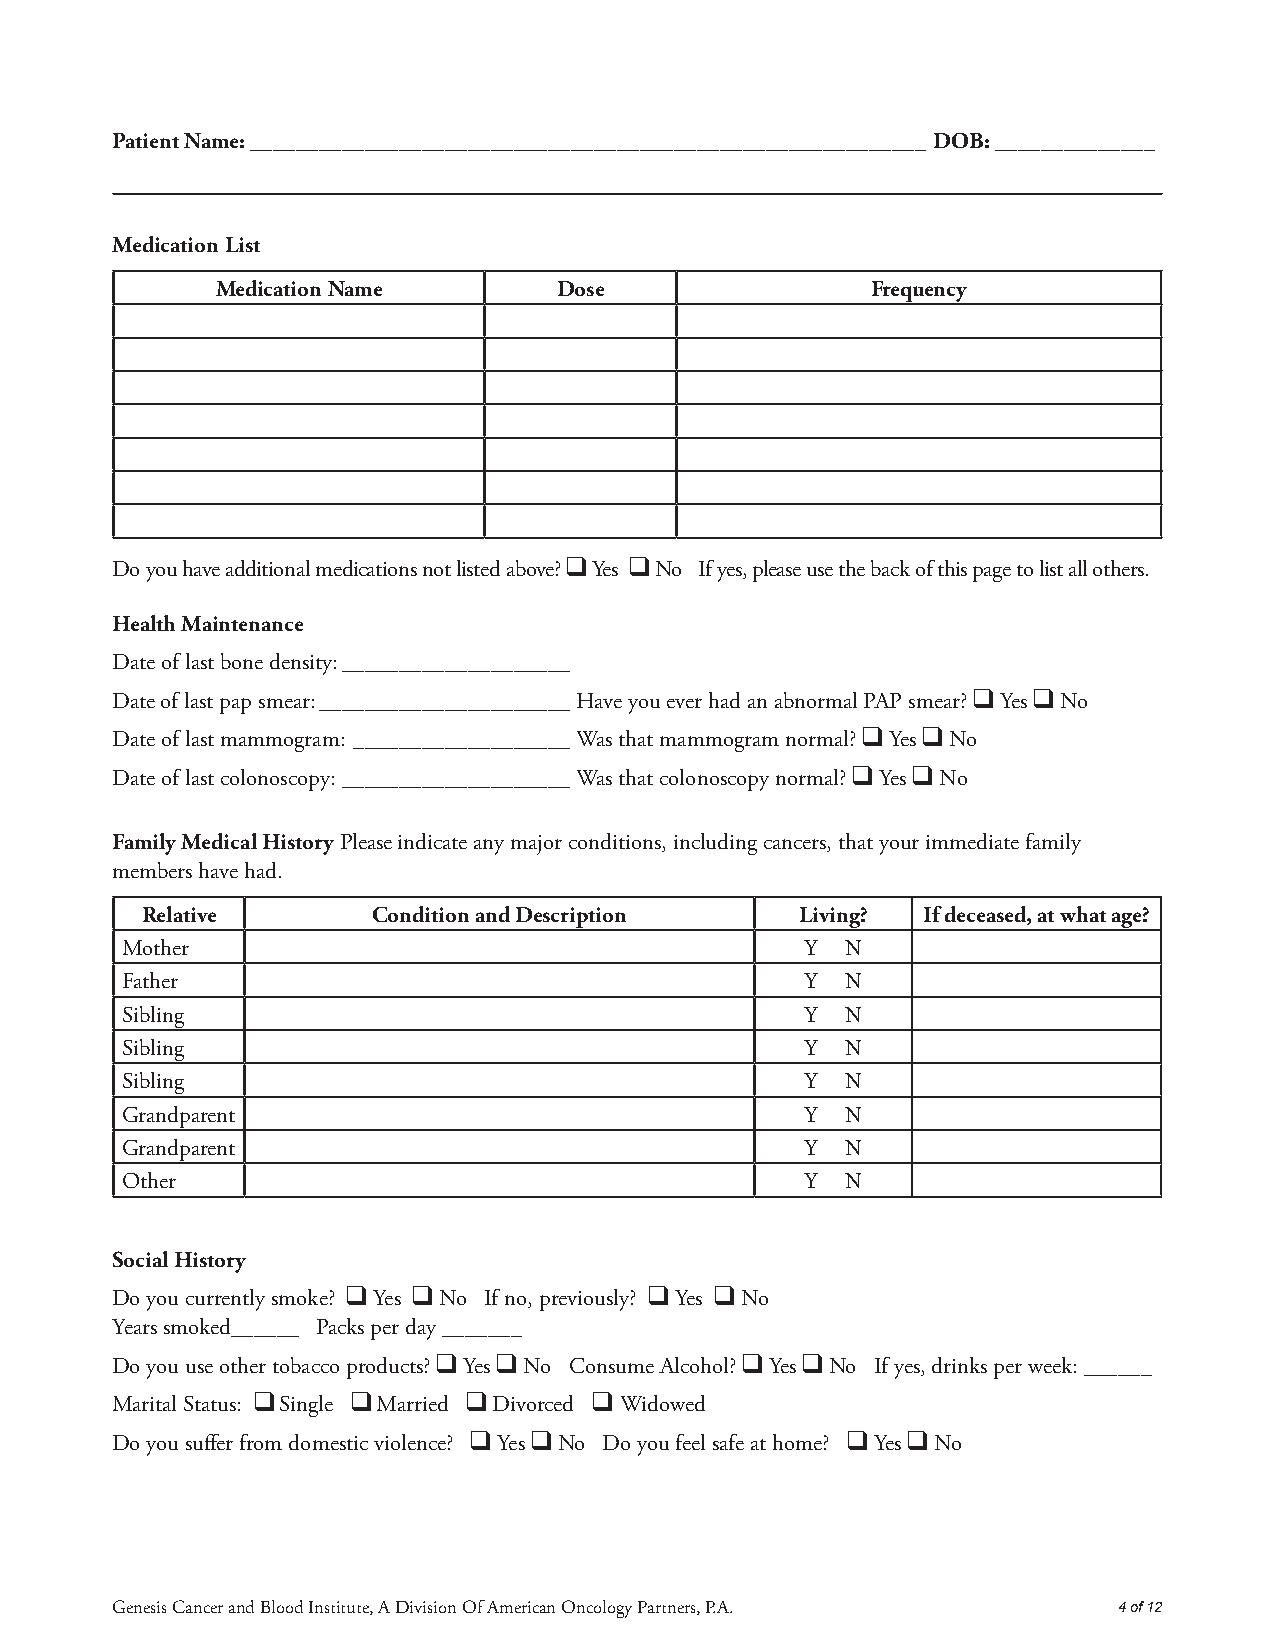
Patient Name: ___________________________________________________________ DOB: ______________
 Medication List
 Medication Name        Dose                 Frequency
 Do you have additional medications not listed above?
 ❑
 Yes
 ❑
 No If yes, please use the back of this page to list all others.
 Health Maintenance
 Date of last bone density: ____________________
 Date of last pap smear: ______________________ Have you ever had an abnormal PAP smear?
 ❑
 Yes
 ❑
 No
 Date of last mammogram: ___________________ Was that mammogram normal?
 ❑
 Yes
 ❑
 No
 Date of last colonoscopy: ____________________ Was that colonoscopy normal?
 ❑
 Yes
 ❑
 No
 Family Medical History Please indicate any major conditions, including cancers, that your immediate family
 members have had.
 Relative        Condition and Description   Living? If deceased, at what age?
 Mother                                       Y  N
 Father                                       Y  N
 Sibling                                      Y  N
 Sibling                                      Y  N
 Sibling                                      Y  N
 Grandparent                                  Y  N
 Grandparent                                  Y  N
 Other                                        Y  N
 Social History
 Do you currently smoke?
 ❑
 Yes
 ❑
 No If no, previously?
 ❑
 Yes
 ❑
 No
 Years smoked______ Packs per day _______
 Do you use other tobacco products?
 ❑
 Yes
 ❑
 No Consume Alcohol?
 ❑
 Yes
 ❑
 No If yes, drinks per week: ______
 ❑     ❑       ❑       ❑
 Marital Status: Single Married Divorced Widowed
 Do you suffer from domestic violence?
 ❑
 Yes
 ❑
 No Do you feel safe at home?
 ❑
 Yes
 ❑
 No
 Genesis Cancer and Blood Institute, A Division Of American Oncology Partners, P.A. 4 of 12